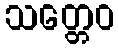
သတ္တေဝ